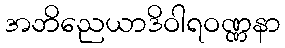
အဘိညေယာဒိဝါရဝဏ္ဏနာ